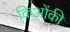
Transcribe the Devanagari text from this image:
किओंकी